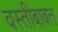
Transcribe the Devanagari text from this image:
वस्तीबाबत